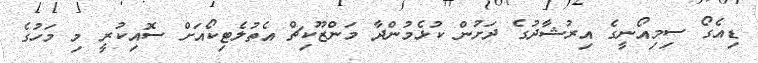
ޑިއެގޯ ސިމިއޯނީގެ އިރުޝާދުގެ ދަށުން ކުޅެމުންދާ މަންޒޫކިޗް އެތުލެޓިކޯއަށް ސޮއިކުރީ މި މަހުގެ